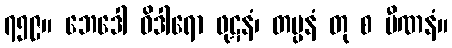
၇၅၉။ ဘေဒေါ ဝိဒါရော ဖုဋနံ၊ တပ္ပနံ တု စ ပီဏနံ။